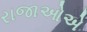
રાજાઓએ